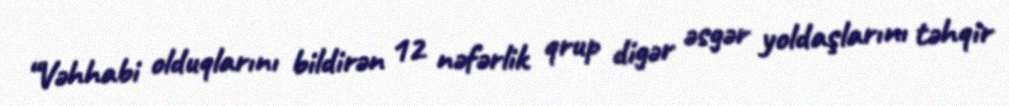
“Vəhhabi olduqlarını bildirən 12 nəfərlik qrup digər əsgər yoldaşlarını təhqir